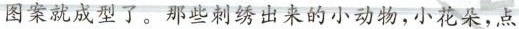
图案就成型了。那些刺绣出来的小动物，小花朵，点